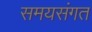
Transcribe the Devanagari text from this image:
समयसंगत